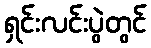
ရှင်းလင်းပွဲတွင်